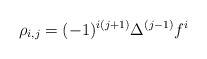
\begin{align*}\rho_{i,j}=(-1)^{i(j+1)}\Delta^{(j-1)}f^i\end{align*}